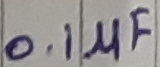
Text: 0.1µF